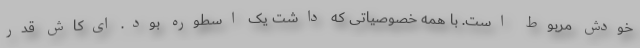
خودش مربوط است. با همه خصوصیاتی که داشت یک اسطوره بود. ای‌کاش قدر